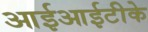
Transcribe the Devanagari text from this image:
आईआईटीके